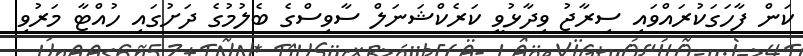
ކަން ފާހަގަކުރައްވައި ސިރާޖު ވިދާޅުވީ ކަރެކްޝަނަލް ސާވިސްގެ ބެލުމުގެ ދަށުގައި ހުއްޓާ މަރުވި